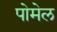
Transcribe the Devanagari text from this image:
पोमेल